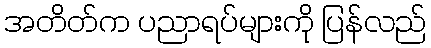
အတိတ်က ပညာရပ်များကို ပြန်လည်